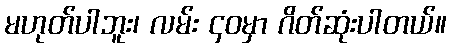
မဟုတ်ပါဘူး၊ လမ်း ၄၀မှာ ဂိတ်ဆုံးပါတယ်။